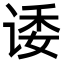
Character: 诿